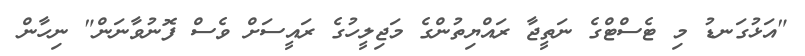
"އަޅުގަނޑު މި ޓެސްޓްގެ ނަތީޖާ ރައްޔިތުންގެ މަޖިލީހުގެ ރައީސަށް ވެސް ފޮނުވާނަން" ނިހާން